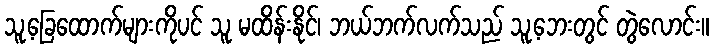
သူ့ခြေထောက်များကိုပင် သူ မထိန်းနိုင်၊ ဘယ်ဘက်လက်သည် သူ့ဘေးတွင် တွဲလောင်း။